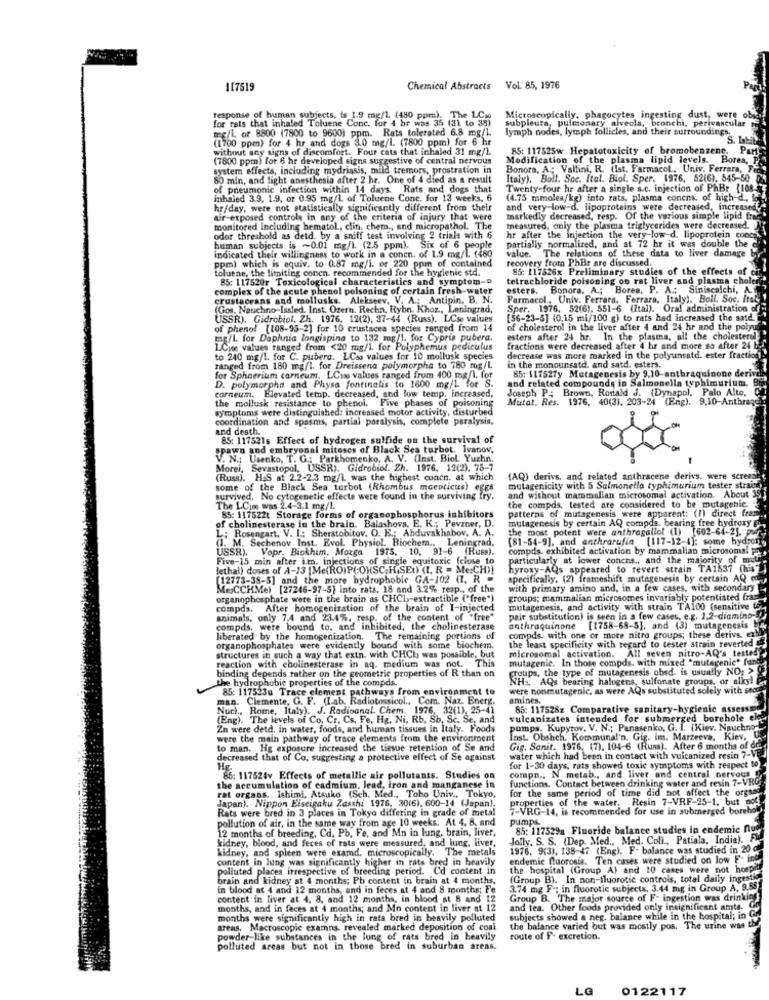
117519
Chemical Abstracts Vol. 85, 1976
response of human subjects, is 1.9 mg/l (480 ppm). The LCio
Microscopically, phagocytes ingesting dust, were ob
subpleura, pulmonary alveola, bronchi, perivascular
for rats that inhaled Toluene Conc. for 4 hr was 35 (31 to 35)
mg/l or 8800 (7800 to 9600) ppm. Rats tolerated 6.8 mg/l.
lymph nodes, lymph follicles, and their surroundings.
(1700 ppm) for 4 hr and dogs 3.0 mg/l (7800 ppm) for 6 h
without any signs of discomfort. Four cats that inhaled 31 mg/l.
85: 117525w Hepatotoxicity of bromobenzene.
Part
(7800 ppm) for 6 hr developed signs suggestive of central nervous
Modification of the plasma lipid levels. Bores, P
system effects, including mydriasis, mild tremors, prostration in
Bonora, A .; Vallini, R. (Ist. Farmacol, Univ. Ferrara, F
80 min, and light anesthesia after 2 hr. One of 4 died as a result
Italy). Boll. Soc. Ital. Biol. Sper. 1976, 52(6), 545-50
of pneumonic infection within 14 days. Rats and dogs that
Twenty-four hr after a single s.c. injection of PhBr {108.
inhaled 3.9. 1.9, or 0.95 mg/L of Toluene Cone, for 13 weeks, 6
(4.75 mmoles/kg) into rats, plasma concens, of high-d ., lo
hr/day, were not statistically significantly different from their
and very low-d. lipoproteins were decreased, increased,
air-exposed controls in any of the criteria of injury that were
markedly decreased, resp. Of the various simple lipid free
monitored including hematol ., clin. chem ., and micropathol. The
measured, only the plasma triglycerides were decreased.
odor threshold as detd. by a sniff test involving 2 trials with 6
hr after the injection the very-low-d. lipoprotein conca
partially normalized, and at 72 hr it was double the
human subjects is ~0.01 mg/l. (2.5 ppm). Six of 6 people
value. The relations of these data to liver damage
ppm) which is equiv. to 0.87 mg/l. or 220 ppm of contained
indicated their willingness to work in a concn. of 1.9 mg/L (480
recovery from PhBr are discussed.
toluene, the litniting concn. recommended for the hygienic std.
85: 117526x Preliminary studies of the effects of c
85: 117520r Toxicological characteristics and symptom-
tetrachloride poisoning on rat liver and plasma choler
complex of the acute phenol poisoning of certain fresh-water
esters. Bonora. A .; Bores, P. A .; Siniscalchi, A.
s. Alekseev.
Farmacol ., Univ. Ferrara, Ferrara, Italy). Boll. Soc. ftel !
(Gos. Nauchno-Issled. Inst. Ozern, Rechn, Rybn. Khoz ., Leningrad,
Sper. 1976. 52(6), 551-6 (Ital). Oral administration offoi
USSR). Gidrobiol, Zh. 1976, 12(2), 37-44 (Russ). LCse values
[56-23-8] (0.15 mi/100 g) to rats had increased the satd.
of phenol (108-95-2] for 10 crustacea species ranged from 14
of cholesterol in the liver after 4 and 24 hr and the polyur
mg/l. for Daphnia longispina to 132 mg/1. for Cypria pubera.
esters after 24 hr. In the plasma, all the cholesterol
LCise values ranged from <20 mg/l. for Polyphemus pediculus
fractions were decreased after 4 hr and more so after 24 b
to 240 mg/l. for C. pubera.
to 240 mg/l. for C. pubera. LCss values for 10 mollusk species
decrease was more marked in the polyunsatd. ester fraction
ranged from 180 mg/l. for Dreissena polymorpha to 780 mg/l.
in the monounsatd. and satd. esters.
85: 11752fy Mutagenesis by 9,10-anthraquinone deriva
for Sphaerium corneum. LCve values ranged from 400 mg/l. for
and related compounds in Salmonella typhimurium.
D. polymorpha and Physa fontinalis to 1600 mg/1. for S.
corneum. Elevated temp. decreased, and low temp. increased,
Joseph P: Brown, Ronald J. (Dynapol, Palo Alto, Cl
the mollusk resistance to phenol. Five phases of poisoning
Mutat, Res. 1976, 40(3). 203-24 (Eng). 9.10-Anthrage
symptoms were distinguished: increased motor activity, disturbed
coordination and spasms, partial paralysis, complete paralysis,
and desth.
85: 117521s Effect of hydrogen sulfide on the survival of
spawn and embryonal mitoses of Black Sea turbot, Ivanov,
V. N .; Usenko, T. G .: Parkhomenko, A. V. (Inst. Biol. Yuzhn.
Morei, Sevastopol, USSR). Gidrobiol. Zh. 1976, 12(2). 78-7
(Russ). H.S at 2.2-2.3 mg/L was the highest concn, at which
(AQ) derivs, and related anthracene derivs. were screent
some of the Black Sea turbot (Rhombus moeoticus) eggs
mutagenicity with 5 Salmonella typhimurium tester straica
and without mammalian microsomal activation. About 35
survived. No cytogenetic effects were found in the surviving fry.
the compds, tested are considered to be mutagenle.
The LCios was 2.4-3.1 mg/l.
85: 117522t Storage forms of organophosphorus inhibitors
patterns of mutagenesis were apparent: (1) direct fram.
of cholinesterase in the brain. Balashova, E. K .; Pevzner, D.
mutagenesis by certain AQ compds, bearing free hydroxy Gh
L: Rosengart, V. I .: Sherstobitov, O. E .; Ahduvakhabov, A. A.
the most potent were anthragallol (1) [602-64-2], w-)
(I. M. Sechenov Inst. Evol. Physiol. Biochem ., Leningrad,
(81-54-9], and anthrarufin [117-12-4]: some hy
USSR). Vopr. Biokhim, Morga 1975. 10. 91-6
compds. exhibited activation by mammalian microsomal P
Five-15 min after im, injections of single equitoxic (close to
particularly at lower concns ., and the majority of mit
lethal) doses of A-13 |Me(RO)P(O)(SC.H.SEU) (I. R = Me:CH))
hyroxy-AQs appeared to revert strain TA1537 (his"
(12773-38-5] and the more hydrophobic GA-102 (1. R -
specifically, (2) frameshift mutagenesis by certain AQ only
MesCCHMel [27246-97-5) into rats, 18 and 3.2% resp ., of the
with primary amino and, in a few cases, with secondary
organophosphate were in the brain as CHCI ,- extractible ("free")
groups; mammalian microsomes invariably potentisted fram
compds. After homogenization of the brain of I-injected
mutagenesis, and activity with strain TA100 (sensitive te,
animals, only 7,4 and 23.4%. resp. of the content of "free"
pair substitution) is seen in a few cases, e.g. 2.2-diamino-
compds, were bound to. and inhibited, the cholinesterase
anthraquinone
[1758-68-5], and (3) mutagenesis
liberated by the homogenization. The remaining portions of
compds. with one or mote nitro groups; these detivs, el
the least specificity with regard to tester strain reverte
organophosphates were evidently bound with some biochem.
microsomal activation. All seven nitro-AQ's
structures in such a way that extn. with CHCI was possible, but
reaction with cholinesterase in aq. medium was not. This
mutagenic. In those compds. with mixed "mutagenic" fundo
binding depends rather on the geometric properties of R than on
groups, the type of mutagenesis obed. is usually NO:>
the hydrophobic properties of the compds.
THE. AQs bearing halogens, sulfonate groups,
alkyl
85: 117523u Trace element pathways from environment to
were nonmutagenic, as were AQs substituted solely with stor
man. Clemente, G. F. (Lab. Radiotossicol ., Com. Naz. Energ.
amines.
Nucl ., Rome, Italy). J. Radioanal. Chem. 1976, 32(1), 25-41
85: 117528z Comparative sanitary-hygienic assess
(Eng). The levels of Co, Cr. Cs. Fe, Hg, Ni, Rb, Sb. Sc. Se, and
vulcanizates intended for submerged borehole ele
Zn were detd, in water, foods, and human tissues in Italy. Foods
pumps. Kupyrov, V. N .; Panasenko, G. I. (Kiev. Nauchno-
were the main pathway of trace elements from the environment
Inst. Obshch. Kommunal'n. Gig. im. Marzeeva.
to man. Hig exposure increased the tissue retention of Se and
Gig. Sanit. 1976, (7). 104-6 (Runs). After 6 months of dr.
decreased that of Co, suggesting a protective effect of Se against
water which had been in contact with vulcanized resin 7-VE
Hg.
for 1-30 days, rats showed toxic symptoms with respect to
86: 117524v Effects of metallie air pollutants. Studies on
functions. Contact between drinking water and resin 7-VRO
compn ., N metab ., and liver and central nervous
rat organs. Ishimi, Atsuko (Sch. Med ., Toho Univ ., Tokyo,
the accumulation of cadmium, lead, iron and manganese in
for the same period of time did not affect the orgnac
Japan). Nippon Eiseigaku Zasshi 1976, 30(6), 600-14 (Japan).
properties of the water, Resin 7-VRF-25-1, but nof
Rats were bred in 3 places in Tokyo differing in grade of metal
7-VRG-14, is recommended for use in submerged boreho
pollution of air, in the same way from age 10 weeks. At 4, 8, and
pumps.
12 months of breeding, Cd, Pb, Fe, and Mn in lung, brain, liver,
85: 117529a Fluoride balance studies in endemic flug
kidney, blood, and feces of rots were measured, and lung, livet,
Jolly, S. S. (Dep. Med ., Med. Coli ., Patiala, India). Fl
kidney, and spleen were examd. microscopically. The metals
1976, 9(3), 138-47 (Eng). F- balance was studied in 20 c
in lung was significantly higher in rats bred in heavily
endemic fluorosis. Ten cases were studied on low F-
polluted places irrespective of breeding period. Cd content in
the hospital (Group Al and 10 cases were not hospre
brain and kidney at 4 months; Pb content in brain at 4 months,
(Group B). In non-fluorotic controls, total daily ingestis
in blood at 4 and 12 months, and in feces at 4 and 8 months; Fe
3.74 mg F .; in fluorotic subjects, 3.44 mg in Group A, 9.55
content in liver at 4, 8, and 12 months, in blood at 8 and 12
Group B. The major source of F- ingestion was drinking
months, and in feces at 4 months; and Mn content in liver at 12
and tea. Other foods provided only insignificant amts.
months were significantly high in rats bred in heavily polluted
subjects showed a neg. balance while in the hospital; in G
areas. Macroscopic examns, revealed marked deposition of coal
the balance varied but was mostly pos. The urine was th
powder-like substances in the lung of rats bred in heavily
route of F- excretion.
polluted areas but not in those bred in suburban areas.
LG
0122117